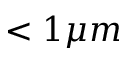
< 1 \mu m